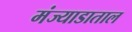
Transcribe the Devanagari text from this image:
मंज्याडाताल